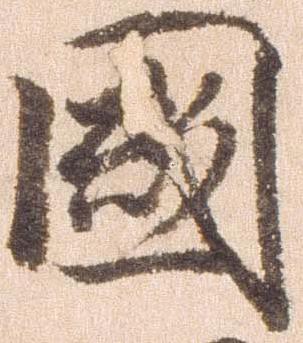
国